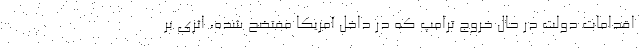
اقدامات دولت در حال خروج ترامپ که در داخل آمریکا مفتضح شده، اثری بر